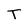
Character: T